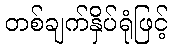
တစ်ချက်နှိပ်ရုံဖြင့်